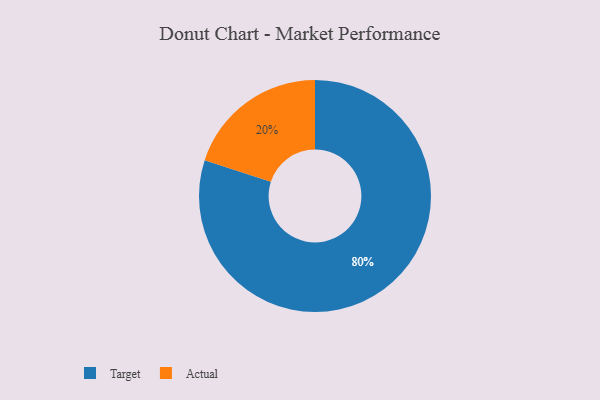
{"axis": {"x": "Category", "y": "Percentage"}, "legend": ["Actual", "Target"], "data": [{"x": "Target", "y": 80, "type": "Target"}, {"x": "Actual", "y": 20, "type": "Actual"}]}